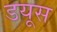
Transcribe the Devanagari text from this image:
डयूस